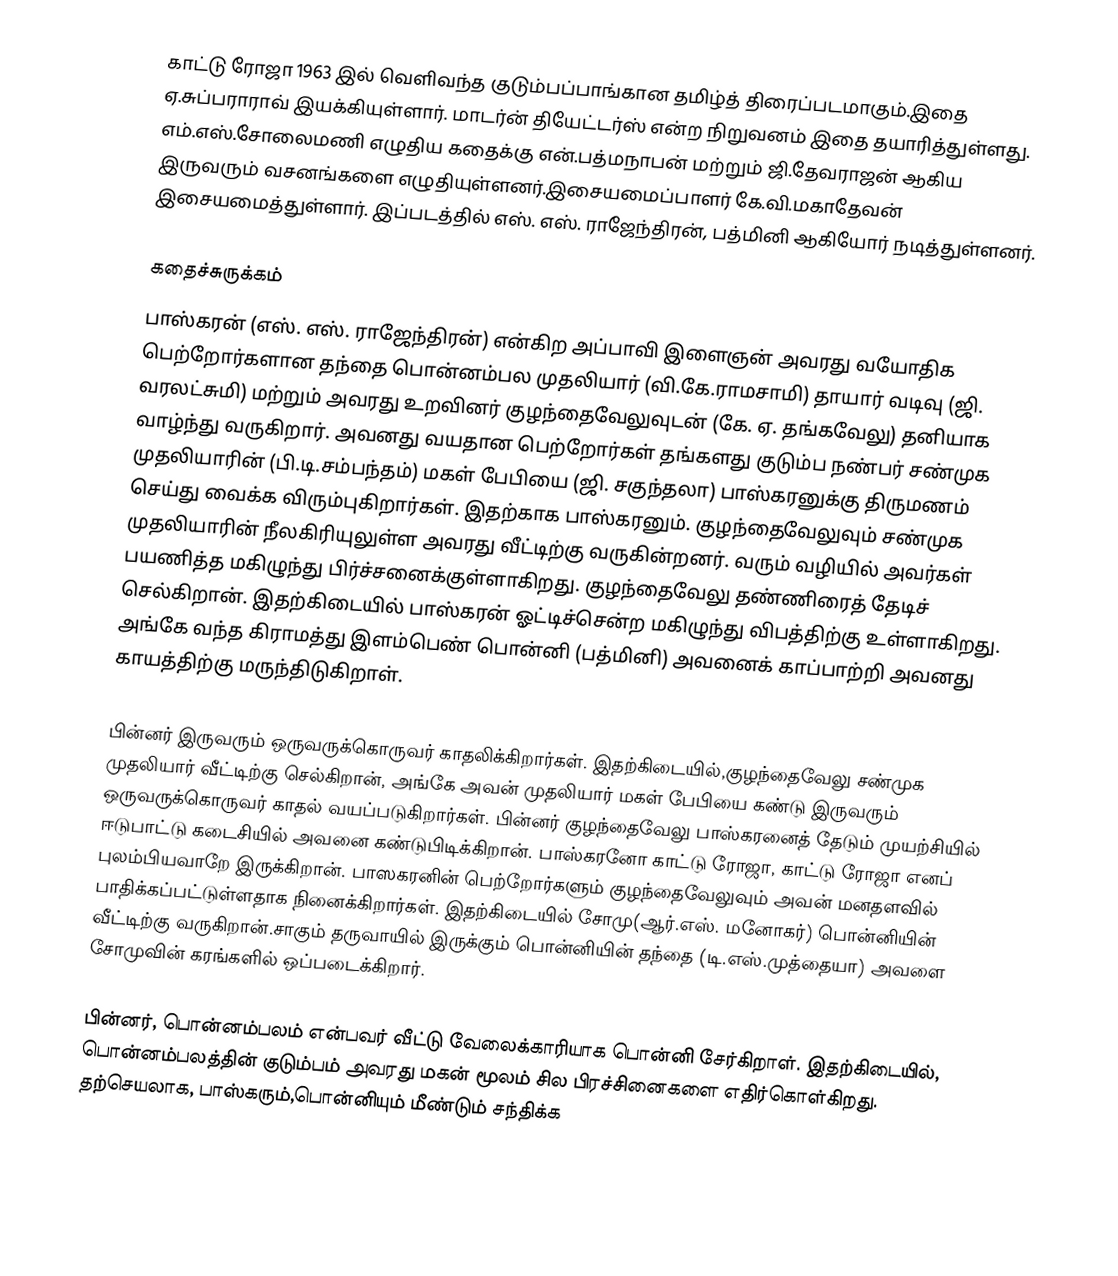
காட்டு ரோஜா 1963 இல் வெளிவந்த குடும்பப்பாங்கான தமிழ்த் திரைப்படமாகும்.இதை ஏ.சுப்பராராவ் இயக்கியுள்ளார். மாடர்ன் தியேட்டர்ஸ் என்ற நிறுவனம் இதை தயாரித்துள்ளது. எம்.எஸ்.சோலைமணி எழுதிய கதைக்கு என்.பத்மநாபன் மற்றும் ஜி.தேவராஜன் ஆகிய இருவரும் வசனங்களை எழுதியுள்ளனர்.இசையமைப்பாளர் கே.வி.மகாதேவன் இசையமைத்துள்ளார். இப்படத்தில் எஸ். எஸ். ராஜேந்திரன், பத்மினி ஆகியோர் நடித்துள்ளனர்.

கதைச்சுருக்கம்
பாஸ்கரன் (எஸ். எஸ். ராஜேந்திரன்) என்கிற அப்பாவி இளைஞன் அவரது வயோதிக பெற்றோர்களான தந்தை பொன்னம்பல முதலியார் (வி.கே.ராமசாமி) தாயார் வடிவு (ஜி. வரலட்சுமி) மற்றும் அவரது உறவினர் குழந்தைவேலுவுடன் (கே. ஏ. தங்கவேலு) தனியாக வாழ்ந்து வருகிறார். அவனது வயதான பெற்றோர்கள் தங்களது குடும்ப நண்பர் சண்முக முதலியாரின் (பி.டி.சம்பந்தம்) மகள் பேபியை (ஜி. சகுந்தலா) பாஸ்கரனுக்கு திருமணம் செய்து வைக்க விரும்புகிறார்கள். இதற்காக பாஸ்கரனும். குழந்தைவேலுவும் சண்முக முதலியாரின் நீலகிரியுலுள்ள அவரது வீட்டிற்கு வருகின்றனர். வரும் வழியில் அவர்கள் பயணித்த மகிழுந்து பிர்ச்சனைக்குள்ளாகிறது. குழந்தைவேலு தண்ணிரைத் தேடிச் செல்கிறான். இதற்கிடையில் பாஸ்கரன்  ஓட்டிச்சென்ற மகிழுந்து விபத்திற்கு உள்ளாகிறது. அங்கே வந்த கிராமத்து இளம்பெண் பொன்னி (பத்மினி) அவனைக் காப்பாற்றி அவனது காயத்திற்கு மருந்திடுகிறாள்.

பின்னர் இருவரும் ஒருவருக்கொருவர் காதலிக்கிறார்கள். இதற்கிடையில்,குழந்தைவேலு சண்முக முதலியார் வீட்டிற்கு செல்கிறான், அங்கே அவன் முதலியார் மகள் பேபியை கண்டு இருவரும் ஒருவருக்கொருவர் காதல் வயப்படுகிறார்கள். பின்னர் குழந்தைவேலு பாஸ்கரனைத் தேடும் முயற்சியில் ஈடுபாட்டு கடைசியில் அவனை கண்டுபிடிக்கிறான். பாஸ்கரனோ காட்டு ரோஜா, காட்டு ரோஜா எனப் புலம்பியவாறே இருக்கிறான். பாஸகரனின் பெற்றோர்களும் குழந்தைவேலுவும் அவன் மனதளவில் பாதிக்கப்பட்டுள்ளதாக நினைக்கிறார்கள். இதற்கிடையில் சோமு(ஆர்.எஸ். மனோகர்) பொன்னியின் வீட்டிற்கு வருகிறான்.சாகும் தருவாயில் இருக்கும் பொன்னியின் தந்தை (டி.எஸ்.முத்தையா) அவளை சோமுவின் கரங்களில் ஒப்படைக்கிறார்.

பின்னர், பொன்னம்பலம் என்பவர் வீட்டு வேலைக்காரியாக பொன்னி  சேர்கிறாள். இதற்கிடையில், பொன்னம்பலத்தின் குடும்பம் அவரது மகன் மூலம் சில பிரச்சினைகளை எதிர்கொள்கிறது. தற்செயலாக, பாஸ்கரும்,பொன்னியும் மீண்டும் சந்திக்க